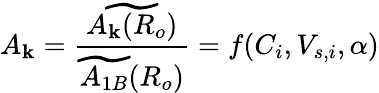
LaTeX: A_{\mathbf{k}}=\frac{{\widetilde{{A_{\mathbf{k}}(R_{o})}}}}{{\widetilde{{A_{1B}}}(R_{o})}}=f(C_{i},V_{s,i},\alpha)